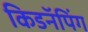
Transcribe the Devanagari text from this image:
किडनॅपिंग